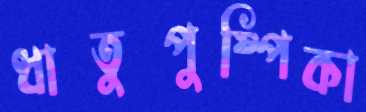
ধাতুপুষ্পিকা